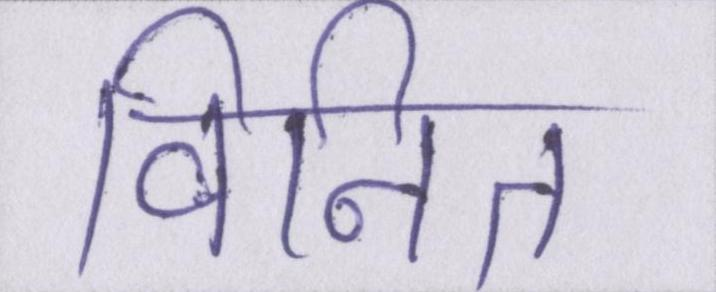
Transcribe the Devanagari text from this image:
विनित